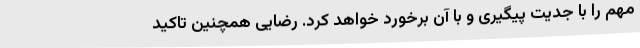
مهم را با جدیت پیگیری و با آن برخورد خواهد کرد. رضایی همچنین تاکید